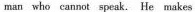
man who cannot speak. He makes